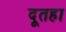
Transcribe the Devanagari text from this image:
दूतहा